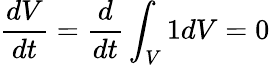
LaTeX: \frac{dV}{dt}=\frac{d}{dt}\int_{V}1dV=0